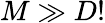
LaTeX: M\gg D!